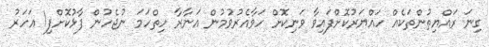
ގިނަ ރައްޔިތުންތަކެއް ހައްޔަރުކޮށްފައިވާ ވަނިކޮށް ހަވާއެރުވުމުން އަނާރާ ހިތްހަމަ ނުޖެހުން ފާޅުކޮށްފި1 އަހަރު